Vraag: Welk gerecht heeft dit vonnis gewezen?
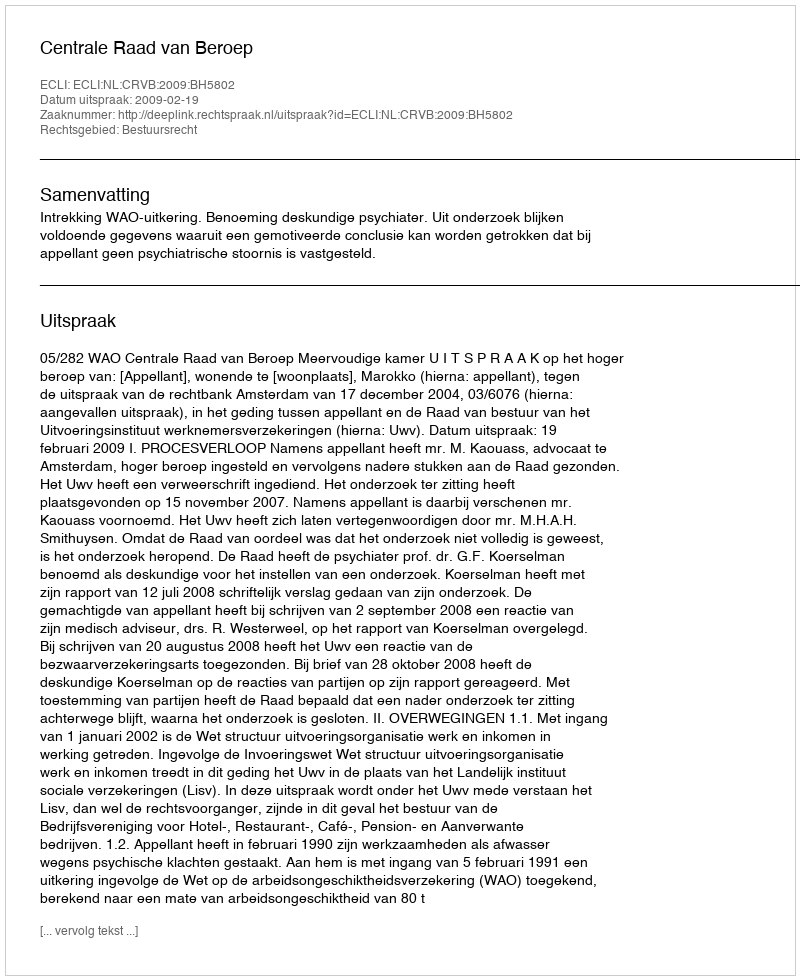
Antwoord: Centrale Raad van Beroep